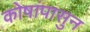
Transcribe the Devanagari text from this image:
कोषांपासुन